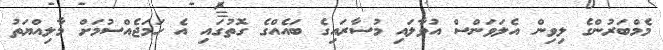
މެމްބަރުންގެ ލިވިން އެލަވަންސް އުވާލައި މުސާރައިގެ ބައެއްގެ ގޮތުގައި އެ ހަމަޖެއްސުމަށް މާލިއްޔަތު